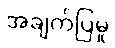
အချက်ပြမှု